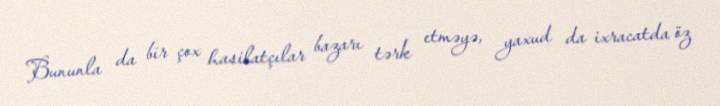
Bununla da bir çox hasilatçılar bazarı tərk etməyə, yaxud da ixracatda öz